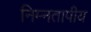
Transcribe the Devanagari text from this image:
निम्नतापीय